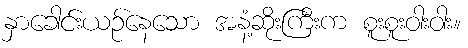
နှာခေါင်းယဉ်နေသော အနံ့ဆိုးကြီးက စူးစူးဝါးဝါး။